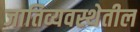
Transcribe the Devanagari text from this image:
जातिव्यवस्थेतील